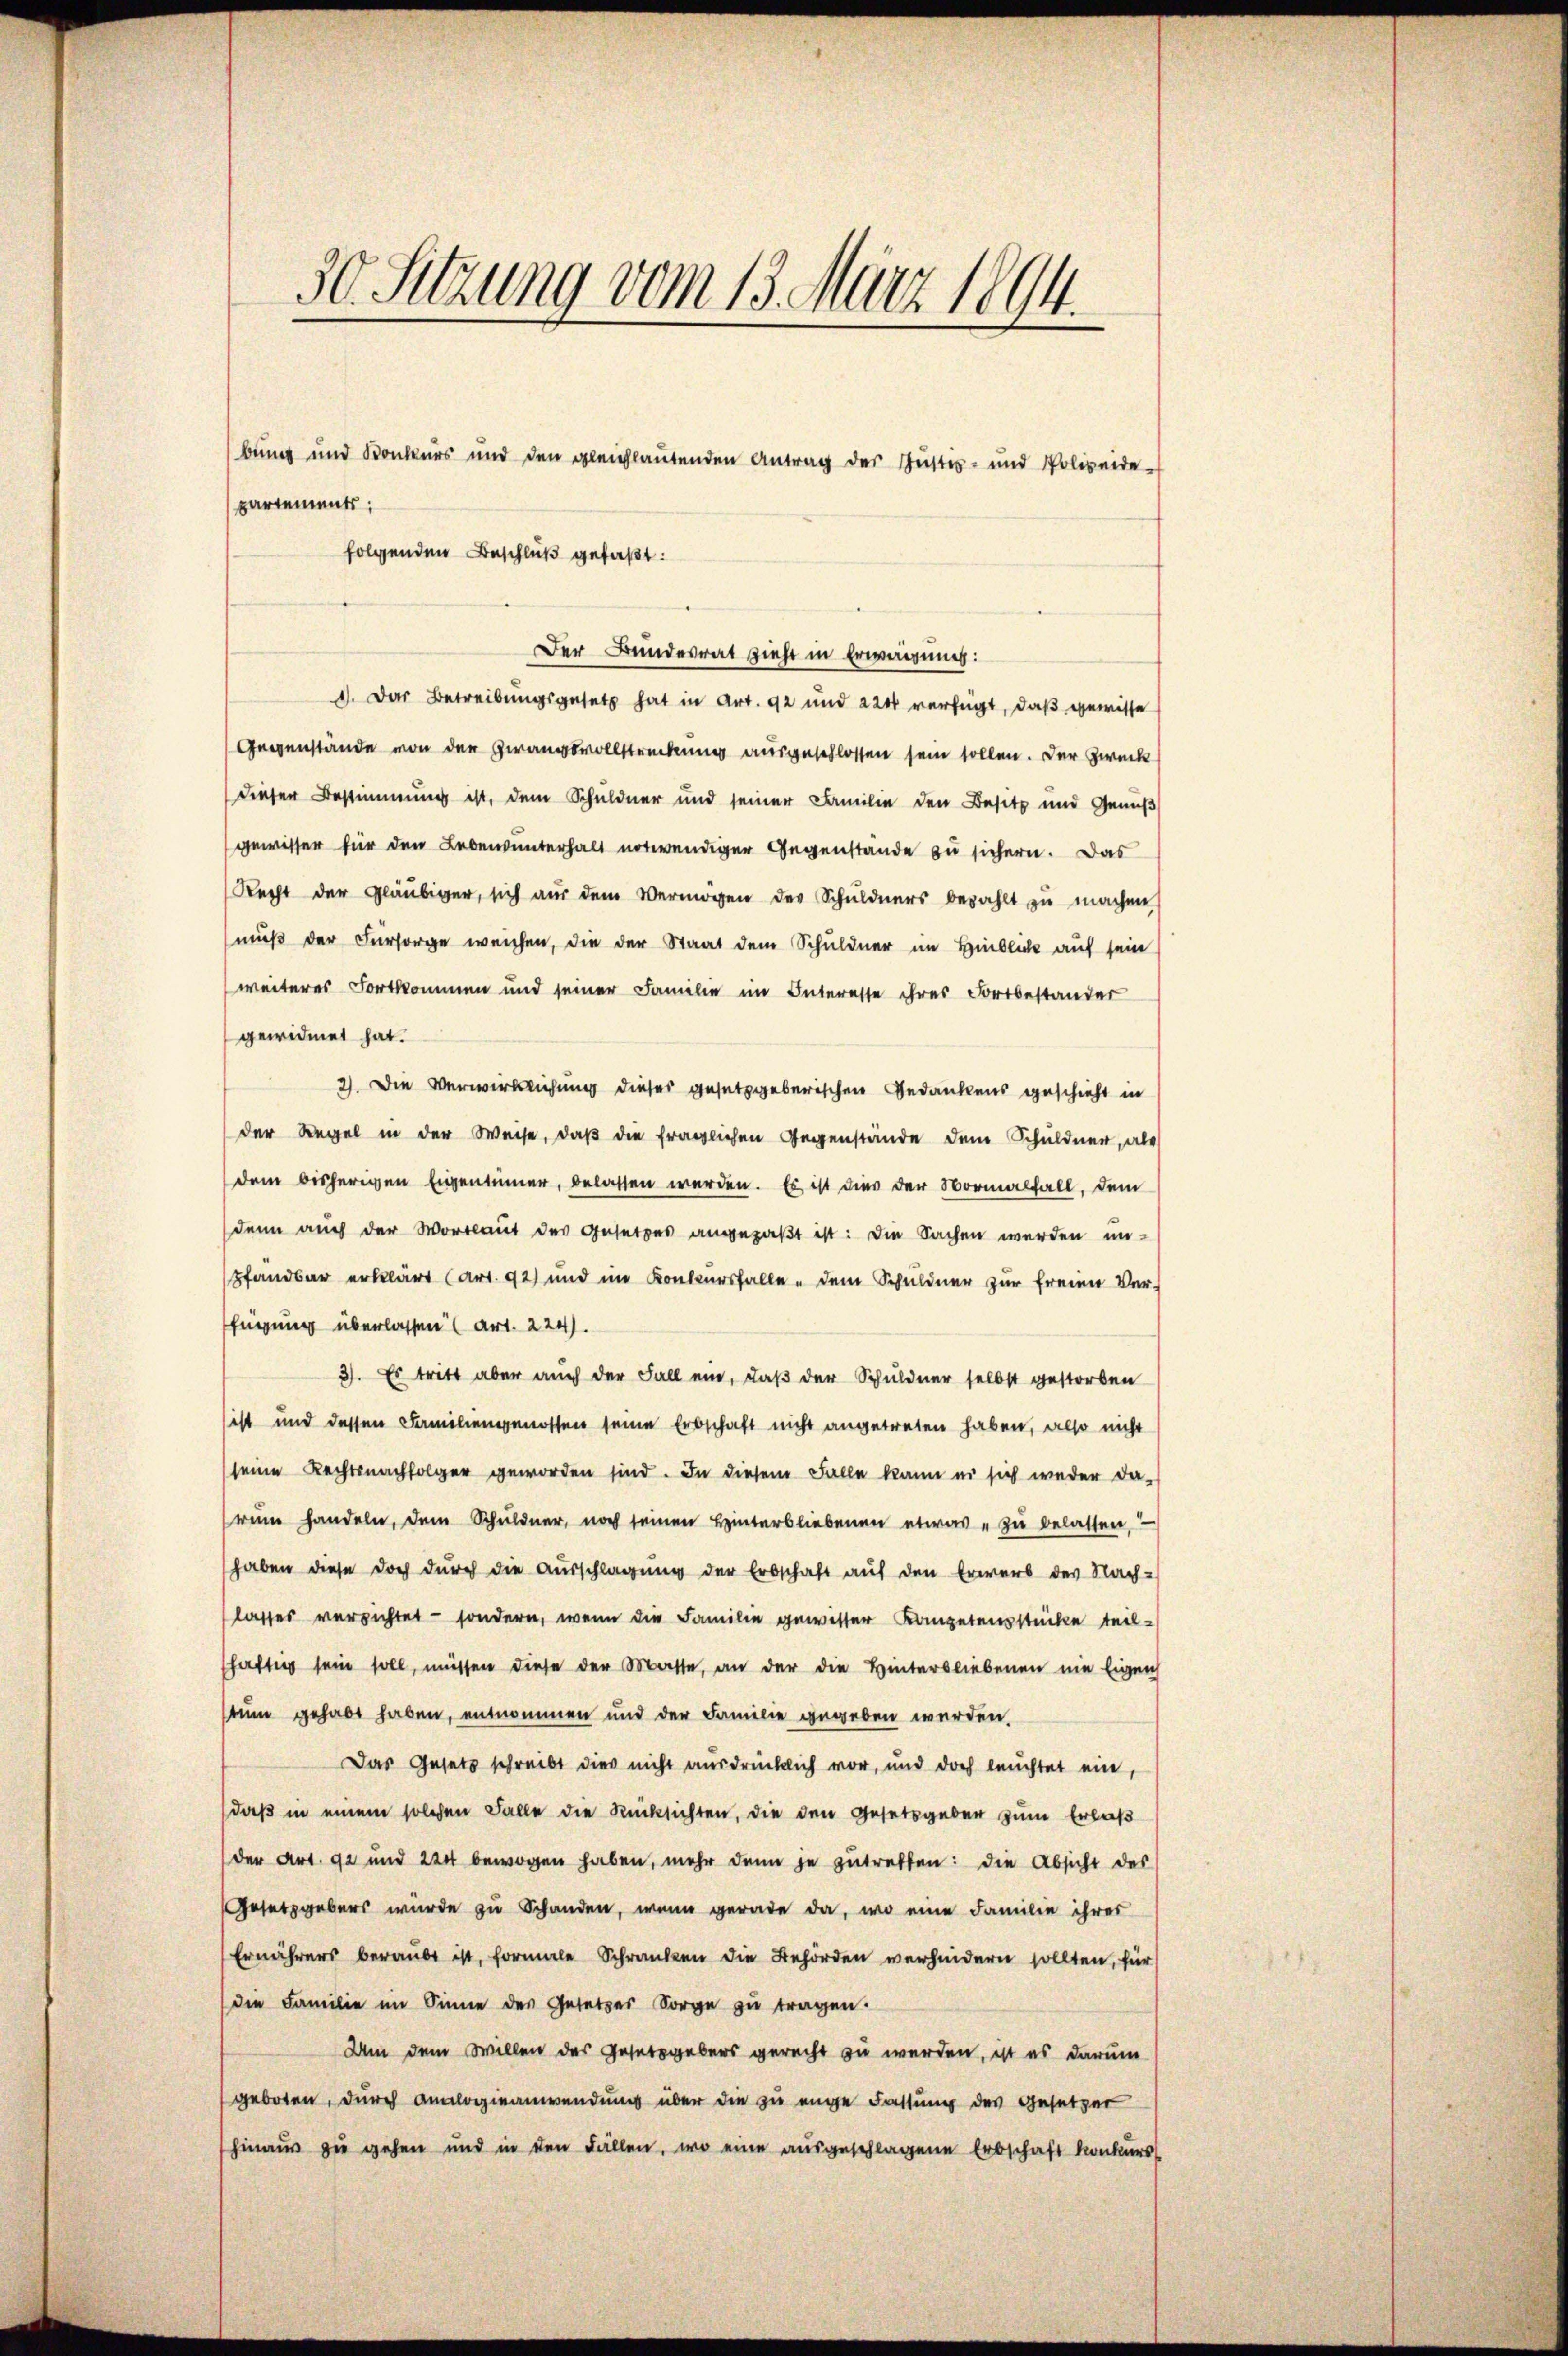
30. Sitzung vom 13. März 1894.

bung und Konkurs und den gleichlautenden Antrag des Justiz- und Polizeide-
partements;
folgenden Beschluß gefaßt:

Der Bundesrat zieht in Erwägung:

d). Das Betreibungsgesetz hat in Art. 92 und 220 verfügt, daß gewisse
Gegenstände von der Zwangsvollstreckung ausgeschlossen sein sollen. Der Zweck
dieser Bestimmung ist, dem Schuldner und seiner Familie den Besitz und Genuß
gewisser für den Lebensunterhalt notwendiger Gegenstande zu sichern. Das
Recht der Gläubiger, sich aŭs dem Vermögen der Schuldners bezahlt zŭ machen
muß der Fürsorge weichen, die der Staat dem Schuldner im Hinblich auf sein
weiteres Fortkommen und seiner Familie im Interesse ihres Fortbestander
gewidmet hat.
2). Die Verwirklichung dieses gesetzgeberischen Gedankens geschieht in
der Regel in der Weise, daß die fraglichen Gegenstände dem Schuldner, als
dem bisherigen Eigentümer, belassen werden. Es ist dies der Vormalfall, dem
denn auch der Wortlaut des Gesetzes angepaßt ist: Die Sachen werden un-
pfandbar erklärt (art. 92) und im Konkursfalle dem Schuldner zur freien Ver-
fügung überlassen (Art. 224).
3). Es tritt aber auch der Fall ein, daß der Schuldner selbst gestorben
ist und dessen Familiengenossen seine Erbschaft nicht angetreten haben, also nicht
seine Rechtsnachfolger geworden sind. In diesem Falle kann es sich weder da-
rum handeln, dem Schuldner, noch seinen Hinterbliebenen etwas zu belassen,
haben diese doch dŭrch die Aŭsschlagung der Erbschaft aŭf den Erwerb des Nach-
lasses verrichtet - sondern, wenn die Familie gewesser Kompetensstücke teil-
häftig sein soll, müssen diese der Masse, an der die Hinterbliebenen nie Eigen
tum gehabt haben, entnommen und der Familie gegeben werden.
Das Gesetz schreibt dies nicht ausdrücklich vor, und doch leuchtet ein,
daß in einem solchen Falle die Rücksichten, die den Gesetzgeben zum Erlaß
der Art. 92 und 220 bewogen haben, mehr dann je zutreffen: die Absicht des
Gesetzgebers wurde zu Schanden, wenn gerade da, wo eine Familie ihrer
Ernährers beraubt ist, formale Schranken die Behörden verhindern sollten, für
die Familie im Sinne des Gesetzes Sorge zu tragen.
Um dem Willen des Gesetzgebers gerecht zu werden, ist es darum
geboten, durch Analogieanwendung über die zu eige Fassung des Gesetzer
hinaus zu gehen und in den Fällen, wo eine ausgeschlagene Erbschaft konkiers